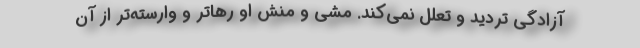
آزادگی تردید و تعلل نمی‌کند. مشی و منش او رهاتر و وارسته‌تر از آن